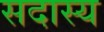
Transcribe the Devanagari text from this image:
सदास्य